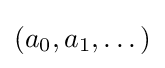
(a_{0},a_{1},\dots )